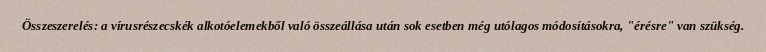
Összeszerelés: a vírusrészecskék alkotóelemekből való összeállása után sok esetben még utólagos módosításokra, "érésre" van szükség.